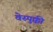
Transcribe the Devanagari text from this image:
वेस्पुक्की